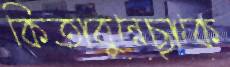
কিতাবুন্নেছাকে